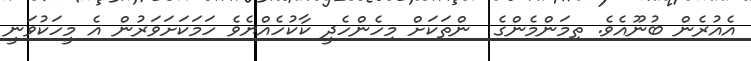
އެއުރެން ބުނޫއެވެ. ތިމަންމެންގެ  ންތަކަށް މިހެންހެދީ ކާކުހެއްޔެވެ ހަމަކަށަވަރުން އެ މީހަކުވަނީ